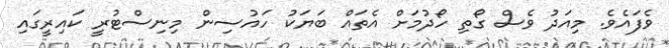
ވެފައެވެ. މިއަދު ވެސް ގޯތި ހޯދުމަށް އެތައް ބަޔަކު ހައުސިން މިނިސްޓުރީ ކައިރީގައި